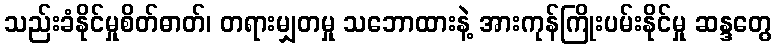
သည်းခံနိုင်မှုစိတ်ဓာတ်၊ တရားမျှတမှု သဘောထားနဲ့ အားကုန်ကြိုးပမ်းနိုင်မှု ဆန္ဒတွေ